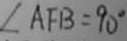
\angle A F B = 9 0 ^ { \circ }